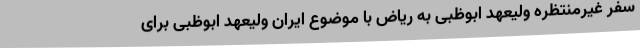
سفر غیرمنتظره ولیعهد ابوظبی به ریاض با موضوع ایران ولیعهد ابوظبی برای